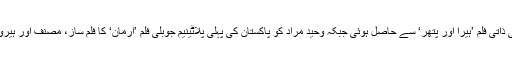
چاکلیٹی ہیرو کو اصل شہرت اپنی ذاتی فلم ’ہیرا اور پتھر‘ سے حاصل ہوئی جبکہ وحید مراد کو پاکستان کی پہلی پلاٹینیم جوبلی فلم ’ارمان‘ کا فلم ساز، مصنف اور ہیرو ہونے کا اعزاز بھی حاصل ہے۔